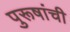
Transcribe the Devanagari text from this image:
पुरूषांची